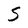
Character: S